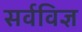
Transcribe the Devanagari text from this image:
सर्वविज्ञ